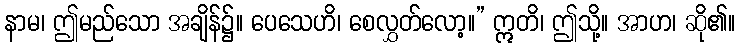
နာမ၊ ဤမည်သော အချိန်၌။ ပေသေဟိ၊ စေလွှတ်လော့။” ဣတိ၊ ဤသို့။ အာဟ၊ ဆို၏။